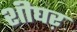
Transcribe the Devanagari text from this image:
शीघऱ